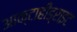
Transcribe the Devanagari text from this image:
आक्टाहीड्राइट